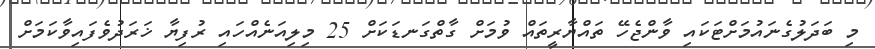
މި ބަދަލުގެނައުމަށްޓަކައި ވާންޖެހޭ ތައްޔާރީތައް ވުމަށް ގާތްގަނޑަކަށް 25 މިލިއަނެއްހައި ރުފިޔާ ޚަރަދުވެފައިވާކަމަށް